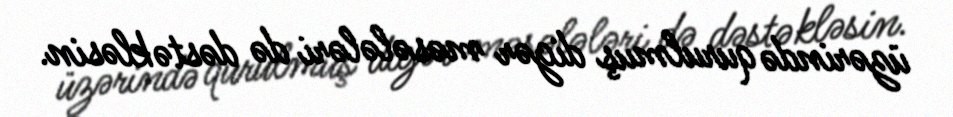
üzərində qurulmuş digər məsələləri də dəstəkləsin.